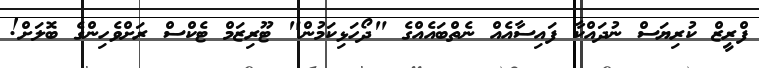
ފްރީޒް ކުރިޔަސް ނުދައްކާ ފައިސާއެއް ނެތްބައެއްގެ "ދޯހަޅިކަމުން" ޓޫރިޒަމް ޓެކްސް ރަށްވެހިންގެ ބޮލަށް!